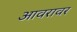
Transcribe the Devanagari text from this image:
आवरावर